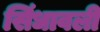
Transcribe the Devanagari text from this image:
सिंधावली